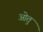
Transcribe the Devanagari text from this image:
ओतु